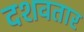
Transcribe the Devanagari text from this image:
दशवतार